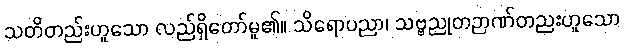
သတိတည်းဟူသော လည်ရှိတော်မူ၏။ သိရောပညာ၊ သဗ္ဗညုတဉာဏ်တညးဟူသော